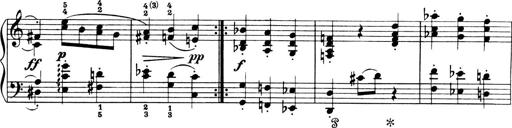
Title: 4 Sonatines
Composer: Max Reger